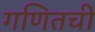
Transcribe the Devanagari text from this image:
गणितची